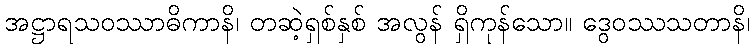
အဋ္ဌာရသဝဿာဓိကာနိ၊ တဆဲ့ရှစ်နှစ် အလွန် ရှိကုန်သော။ ဒွေဝဿသတာနိ၊